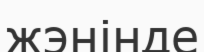
жэнінде